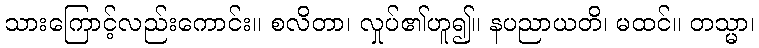
သားကြောင့်လည်းကောင်း။ စလိတာ၊ လှုပ်၏ဟူ၍။ နပညာယတိ၊ မထင်။ တသ္မာ၊